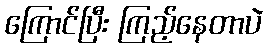
ကြောင်ပြီး ကြည့်နေတာပဲ